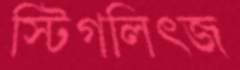
স্টিগলিত্জ